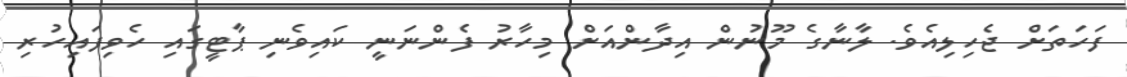
ފަހަތަށް ޖެހިލިއެވެ. ލާނާގެ މޫނުން އިދާންއަށް މިހާރު ފެންނަނީ ކައިވެނި ޕާޓީގައި ހެވިފައިހުރި